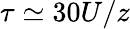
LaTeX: \tau\simeq 30U/z